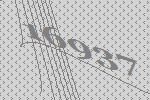
16937